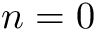
n = 0